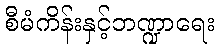
စီမံကိန်းနှင့်ဘဏ္ဍာရေး